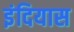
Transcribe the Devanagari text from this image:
इंदियास